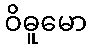
ဝိဓူမော